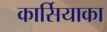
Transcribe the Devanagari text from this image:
कार्सियाका